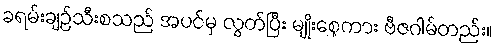
ခရမ်းချဉ်သီးစသည် အပင်မှ လွတ်ပြီး မျိုးစေ့ကား ဗီဇဂါမ်တည်း။